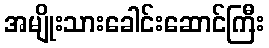
အမျိုးသားခေါင်းဆောင်ကြီး